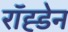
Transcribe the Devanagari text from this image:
रॉह्डेन